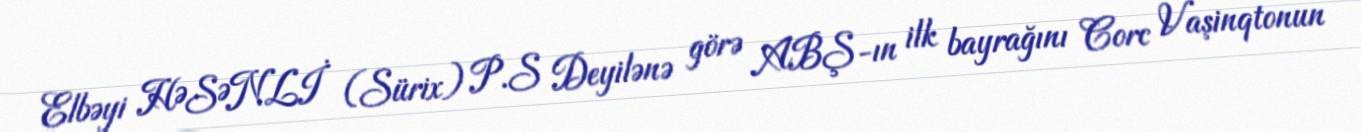
Elbəyi HƏSƏNLİ (Sürix) P.S Deyilənə görə ABŞ-ın ilk bayrağını Corc Vaşinqtonun